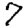
Digit: 7